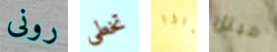
رونى تخطى ماذا مبتل